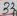
Text: 33